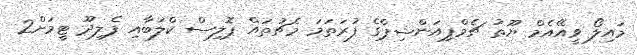
މައިލޯ ވީއޭއެމް ޔޫތު ޗެމްޕިއަންޝިޕްގެ ފުރަތަމަ މެޗުތައް ޕޮލިސް ކްލަބާއި ފެލިދޫ ޓީމަށް2